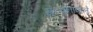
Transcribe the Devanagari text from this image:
संरचनावाले